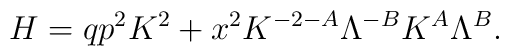
H=qp^{2}K^{2}+x^{2}K^{-2-A}\Lambda^{-B}K^{A}\Lambda^{B}.